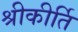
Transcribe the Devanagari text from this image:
श्रीकीर्ति